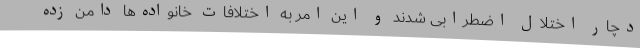
دچار اختلال اضطرابی شدند و این امر به اختلافات خانواده‌ها دامن زده